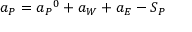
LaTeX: a _ { P } = { a _ { P } } ^ { 0 } + a _ { W } + a _ { E } - S _ { P }